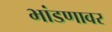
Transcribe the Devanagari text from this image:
भांडणावर